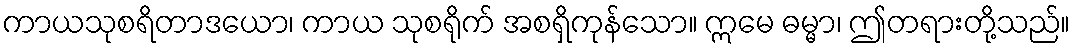
ကာယသုစရိတာဒယော၊ ကာယ သုစရိုက် အစရှိကုန်သော။ ဣမေ ဓမ္မာ၊ ဤတရားတို့သည်။